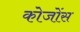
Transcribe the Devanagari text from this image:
कोजोंस